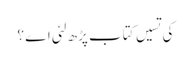
کی تسیں کتاب پڑھ لئی اے ؟